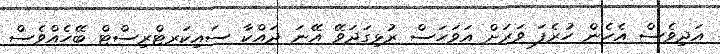
އަދިވެސް އެހެން ހުރެފަ ވަރަށް އަވަހަސް ރުޅިގަދަވޭ އޭނަ ދައްކާ ސައިކަރޓްރިސްޓް ބޭހެއްވެސް